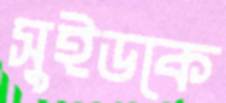
সুইডকে